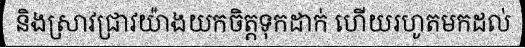
និងស្រាវជ្រាវយ៉ាងយកចិត្តទុកដាក់ ហើយរហូតមកដល់